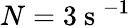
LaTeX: N=3\mathrm{~s~}^{-1}